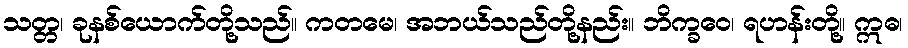
သတ္တ၊ ခုနစ်ယောက်တို့သည်။ ကတမေ၊ အဘယ်သည်တို့နည်း။ ဘိက္ခဝေ၊ ရဟန်းတို့။ ဣဓ၊